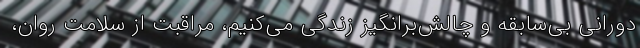
دورانی بی‌سابقه و چالش‌برانگیز زندگی می‌کنیم، مراقبت از سلامت روان،